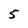
Character: 5